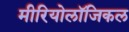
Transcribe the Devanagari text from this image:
मीरियोलॉजिकल